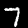
Label: 7